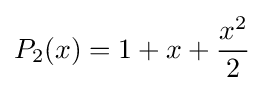
P_{2}(x)=1+x+{\dfrac {x^{2}}{2}}